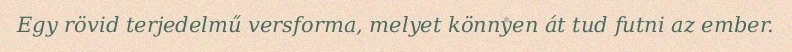
Egy rövid terjedelmű versforma, melyet könnyen át tud futni az ember.